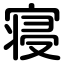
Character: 寝